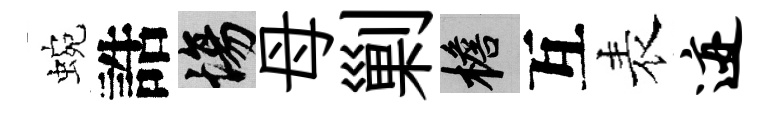
蜿誥場母剿檐互表迹